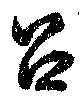
呂